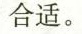
合适。